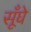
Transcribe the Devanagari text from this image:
सूँघे